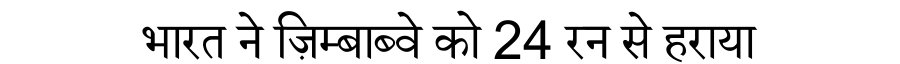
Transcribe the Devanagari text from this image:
भारत ने ज़िम्बाब्वे को 24 रन से हराया